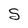
Character: S